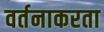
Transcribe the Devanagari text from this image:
वर्तनाकरता